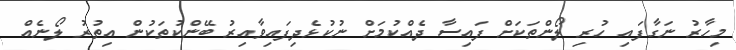
މިހާރު ނަގާފައި ހުރި ލޯންތަކަށް ފައިސާ ދެއްކުމަށް ނުކުޅެދިފައިވާއިރު ބޭންކުތަކުން އިތުރު ލޯނެއް